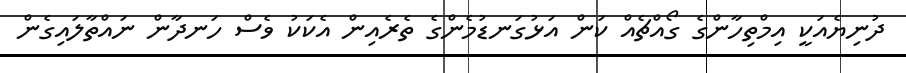
ދުނިޔެއަކީ އިމްތިހާންގެ ގޯއްޗެއް ކަން އަޅުގަނޑުމެންގެ ތެރެއިން އެކަކު ވެސް ހަނދާން ނައްތާލައިގެން